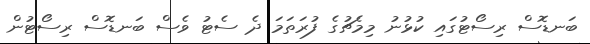
ބަނޑޮސް ރިސޯޓުގައި ކުޅުނު މިމެޗުގެ ފުރަތަމަ ދެ ސެޓު ވެސް ބަނޑޮސް ރިސޯޓުން